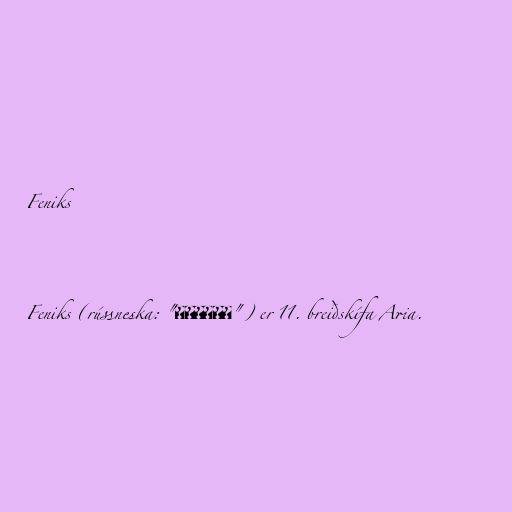
Feniks

Feniks (rússneska: "Феникс") er 11. breiðskífa Aria.